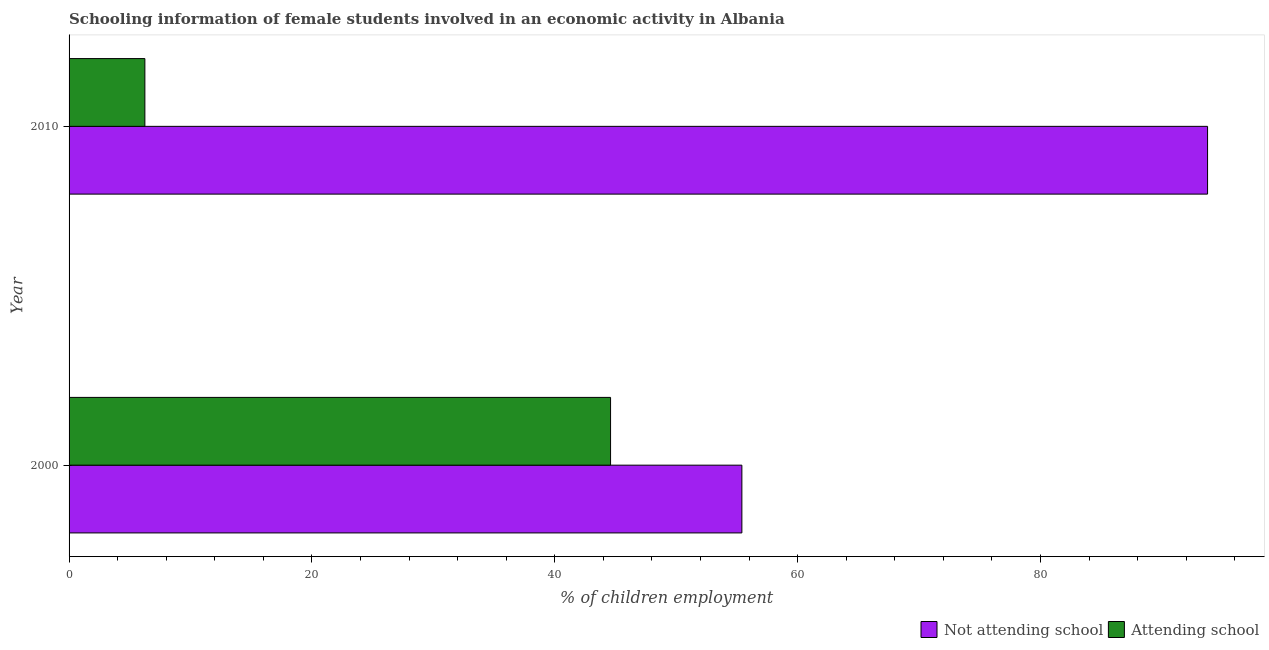
| Year | Not attending school | Attending school |
 | --- | --- | --- |
 | 2000 | 55.4 | 44.6 |
 | 2010 | 93.8 | 6.24 |